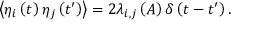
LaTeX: \left\langle { \eta _ { i } \left( t \right) \eta _ { j } \left( t ^ { \prime } \right) } \right\rangle = 2 \lambda _ { i , j } \left( A \right) \delta \left( t - t ^ { \prime } \right) .